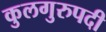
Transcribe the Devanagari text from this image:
कुलगुरुपदी